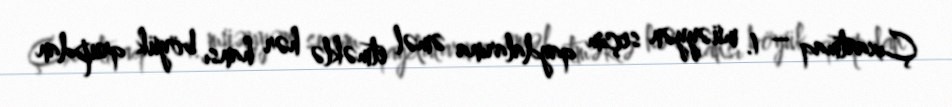
Çıxartmaq – 1. müəyyən seçim qaydalarına əməl etməklə hər hansı böyük qrupdan